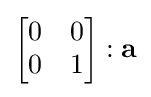
{\begin{bmatrix}0&0\\0&1\end{bmatrix}}:\mathbf {a}